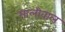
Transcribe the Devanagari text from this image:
मालीवाल